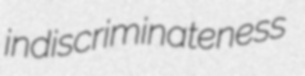
indiscriminateness